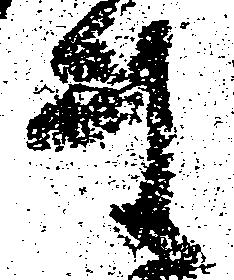
ま